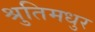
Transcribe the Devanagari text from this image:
श्रुतिमधुर